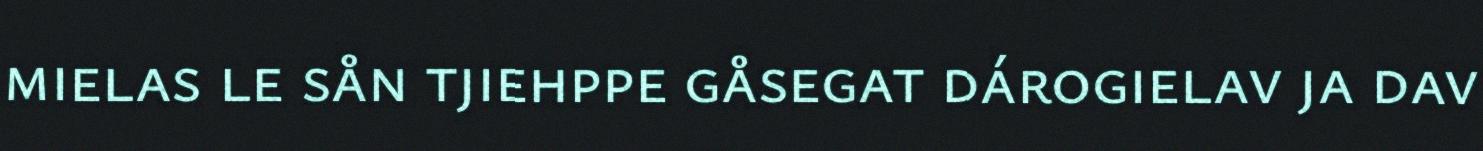
mielas le sån tjiehppe gåsegat dárogielav ja dav